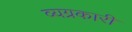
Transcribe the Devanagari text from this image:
व्यग्रकारी